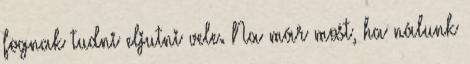
fognak tudni eljutni vele. Na már most, ha nálunk